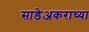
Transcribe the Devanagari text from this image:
साडेअकराच्या